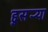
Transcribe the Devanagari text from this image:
द्दुसर्‍या